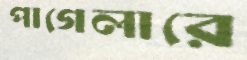
পাগেলারে